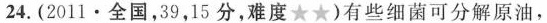
24.(2011·全国，39，15分，难度★★)有些细菌可分解原油，